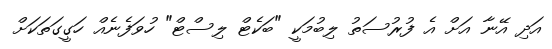
އަދި އޭނާ އަށް އެ ފުރުސަތު ލިބުމަކީ "ބަކެޓް ލިސްޓް" ހުވަފެނެއް ހަގީގަތަކަށް